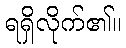
ရရှိလိုက်၏။